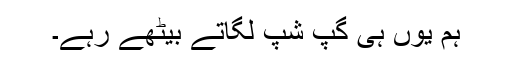
ہم یوں ہی گپ شپ لگاتے بیٹھے رہے۔